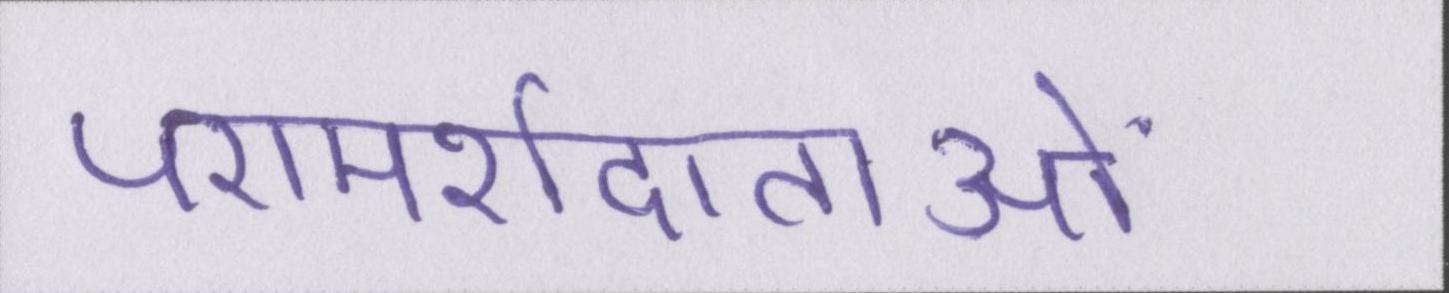
परामर्शदाताओं